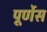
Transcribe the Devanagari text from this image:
पूर्णेस